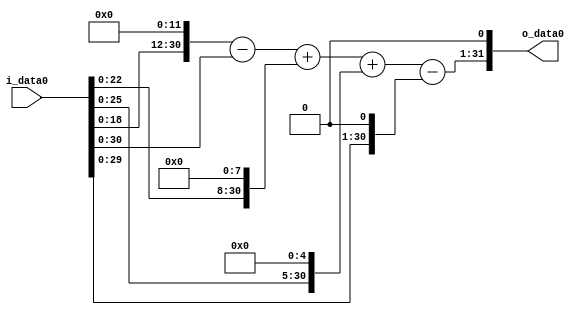
module multiplier_block (
    i_data0,
    o_data0
);

  // Port mode declarations:
  input   [31:0] i_data0;
  output  [31:0]
    o_data0;

  //Multipliers:

  wire [31:0]
    w1,
    w4096,
    w4095,
    w256,
    w4351,
    w32,
    w4383,
    w2,
    w4381,
    w8762;

  assign w1 = i_data0;
  assign w2 = w1 << 1;
  assign w256 = w1 << 8;
  assign w32 = w1 << 5;
  assign w4095 = w4096 - w1;
  assign w4096 = w1 << 12;
  assign w4351 = w4095 + w256;
  assign w4381 = w4383 - w2;
  assign w4383 = w4351 + w32;
  assign w8762 = w4381 << 1;

  assign o_data0 = w8762;

  //multiplier_block area estimate = 7012.05118019853;
endmodule